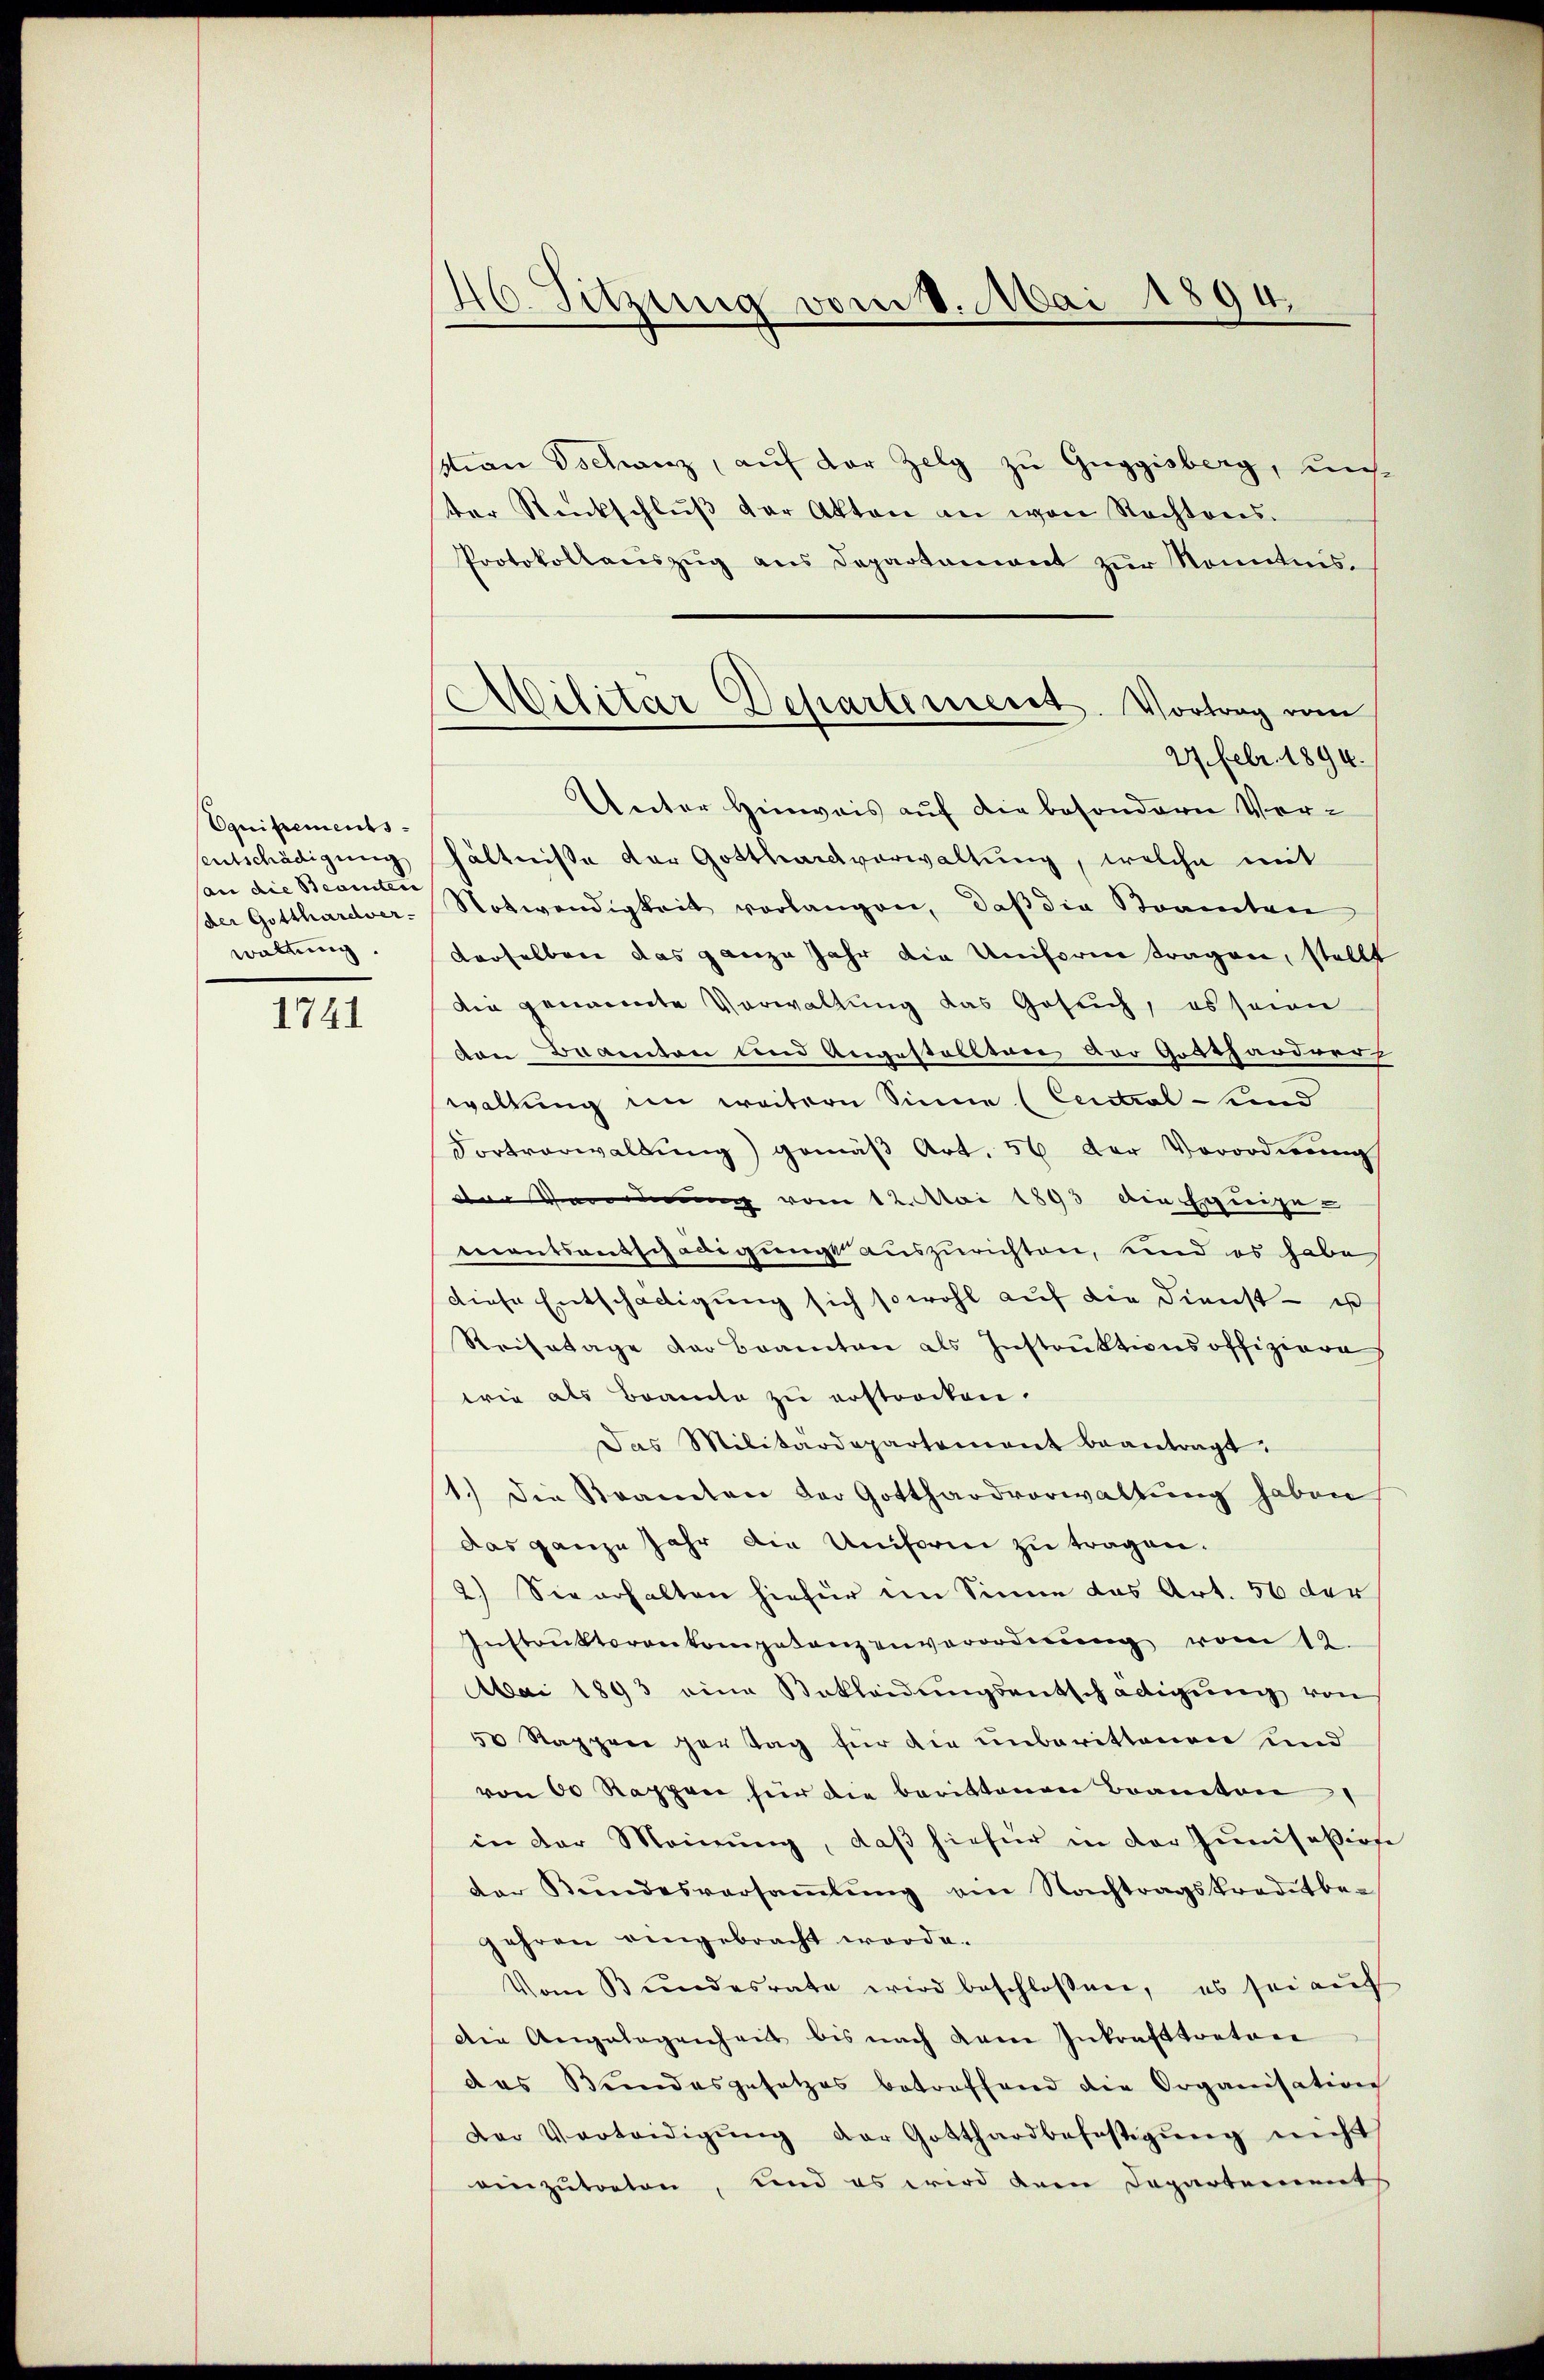
Equipements
(an die Beamten
waltung,

1741

46. Sitzung vom 8. Mai 1894.

stian Tschanz, auf der Zelg zu Guggisberg, uns
ter Renkschlŭβ der Akten an von Rechtens.
Protokollauszug aus Departement zur Kenntnis.
sentschädigung hältniße der Gotthardverwaltung, welche mit
der Gotthardver-Notwendigkeit verlangen, daβ die Beamten
derselben das ganze Jahr die Uniform tragen, stellt
die genannte Verwaltung das Gesuch, es seien
von Beamten und Angestallten vor Gotthardvers
waltung im weitern Sinne (Central und
Fortverwaltŭng gemäβ Art. 56 der Verordnŭng
der Verordnung vom 12. Mai 1893 die Ergreige-
mentsausschädigungsauszurichten, und es habe
diese Entschädigung sich sowohl auf die Dienst - ist
Reisetage der Beamten als Instruktionsoffiziara
wie als Braute zu erstrocken.
Das Militärdepartement beantragt.
1.) Die Kramten der Gotthardverwaltung haben
das ganze Jahr die Uniform zu tragen.
2.) Sie erhalten hiefür im Sinne das Art. 56 der
Instrŭktorenkompetenzenverordnŭng vom 12.
Mai 1893 eine Bekleidŭngsentschädigŭng von
50 Rappree Hertag für die unberittenen und
von 60 Rappen für die berittenen Beamten
in der Meinŭng, daβ hiefür in der Junisatione
der Bŭndesversaṁlŭng ein Nachtragskreditbe-
jahren eingebracht worde.
Vom Bŭndesrate wird beschlossen, es sei aŭf
Die Angelegenheit bis nach dem Inkrafttretere
das Bundesgesetzes betreffend die Organisation
Der Verteidigŭng der Gotthardbefestigŭng nicht
einzutreten, und es wird dem Departements

Militar Departement. Vortrag vom
27. Febr. 1894.
Unter Hinweis auf die besondern Ver¬